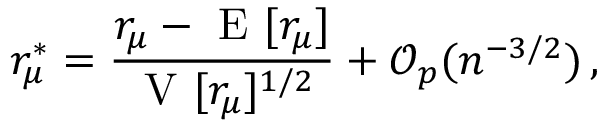
r _ { \mu } ^ { \ast } = \frac { r _ { \mu } - \mathrm { ~ E ~ } [ r _ { \mu } ] } { \mathrm { ~ V ~ } [ r _ { \mu } ] ^ { 1 / 2 } } + \mathcal { O } _ { p } ( n ^ { - 3 / 2 } ) \, ,